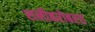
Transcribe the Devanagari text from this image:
शनीबरोबरच